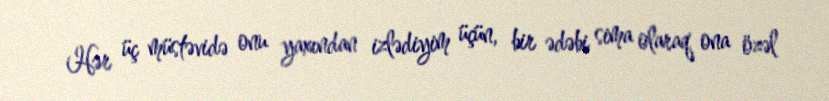
Hər üç müstəvidə onu yaxından izlədiyim üçün, bir ədəbi sima olaraq ona özəl